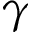
\gamma